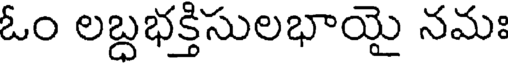
ఓం లబ్దభక్తిసులభాయై నమః